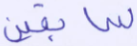
سابقين